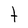
Character: t